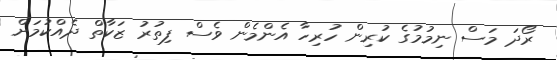
ރޯދަ މަސް ނިމުމުގެ ކުރިން ހުރިހާ އެންމެން ވެސް ފިތުރު ޒަކާތް ދެއްކުމަށް